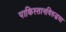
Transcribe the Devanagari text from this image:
पाकिस्तानविरुद्धचा